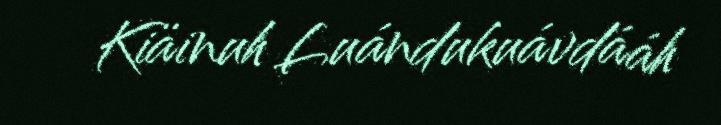
Kiäinuh Luándukuávdááh